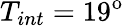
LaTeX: T_{int}=19^{\mathrm{o}}